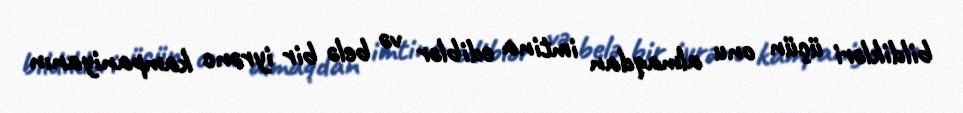
bildikləri üçün onu almaqdan imtina ediblər və belə bir iyrənc kampaniyanın